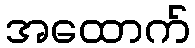
အထောက်